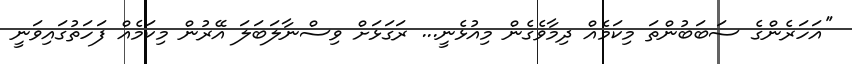
''އަހަރެންގެ ސަބަބުންތަ މިކަމެއް ދިމާވެގެން މިއުޅެނީ... ރަގަޅަށް ވިސްނާލަބަލަ އޭރުން މިކަމެއް ފަހަތުގައިވަނީ